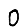
Digit: 0